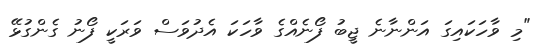
"މި ވާހަކައިގަ އަންނާނެ ޖީބު ފޯނެއްގެ ވާހަކަ އެދުވަސް ވަރަކީ ފޯނު ގެންގުޅޭ